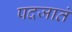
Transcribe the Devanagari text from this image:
पदजातं